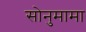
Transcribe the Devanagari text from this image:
सोनुमामा